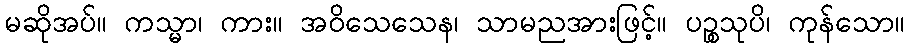
မဆိုအပ်။ ကသ္မာ၊ ကား။ အဝိသေသေန၊ သာမညအားဖြင့်။ ပဉ္စသုပိ၊ ကုန်သော။